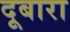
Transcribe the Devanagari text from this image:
दूबारा